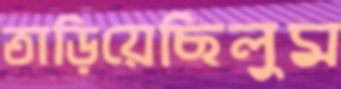
তাড়িয়েছিলুম